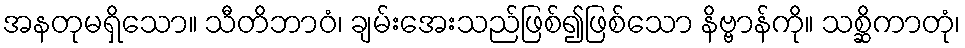
အနတုမရှိသော။ သီတိဘာဝံ၊ ချမ်းအေးသည်ဖြစ်၍ဖြစ်သော နိဗ္ဗာန်ကို။ သစ္ဆိကာတုံ၊